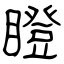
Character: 瞪